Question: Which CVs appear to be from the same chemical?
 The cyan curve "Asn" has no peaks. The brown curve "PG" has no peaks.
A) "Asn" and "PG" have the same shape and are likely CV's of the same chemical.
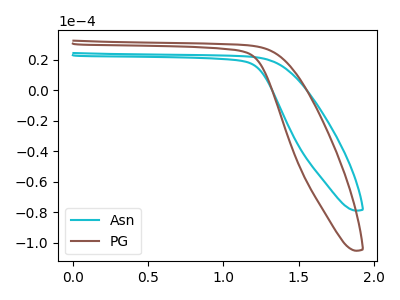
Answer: <think>Neither "Asn" or "PG" have any peaks.
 </think>
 <answer>A) "Asn" and "PG" have the same shape and are likely CV's of the same chemical.</answer>
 <eval>A</eval>